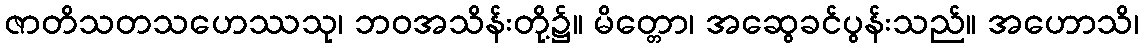
ဇာတိသတသဟေဿသု၊ ဘဝအသိန်းတို့၌။ မိတ္တော၊ အဆွေခင်ပွန်းသည်။ အဟောသိ၊